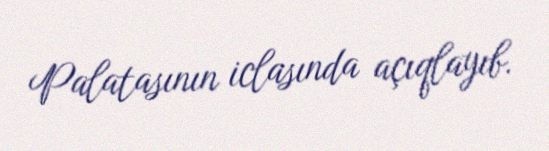
Palatasının iclasında açıqlayıb.